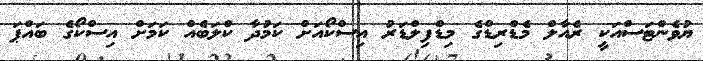
ޔުވެންޓަސްއަކީ ރެއާލް މެޑްރިޑްގެ މިޑްފިލްޑަރު އިސްކޯއަށް ކަމުދާ ކްލަބެއް ކަމަށް އިސްކޯގެ ބައްޕަ